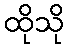
ထိုသို